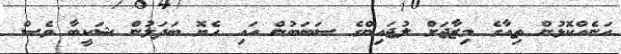
އަނެއްކޮޅުން ތިއާގެ މިޒާޖަށް ލުޖައިންގެ ސަބަބުން އައި ހެޔޮ ބަދަލުން ޝަކީބާ ވެސް